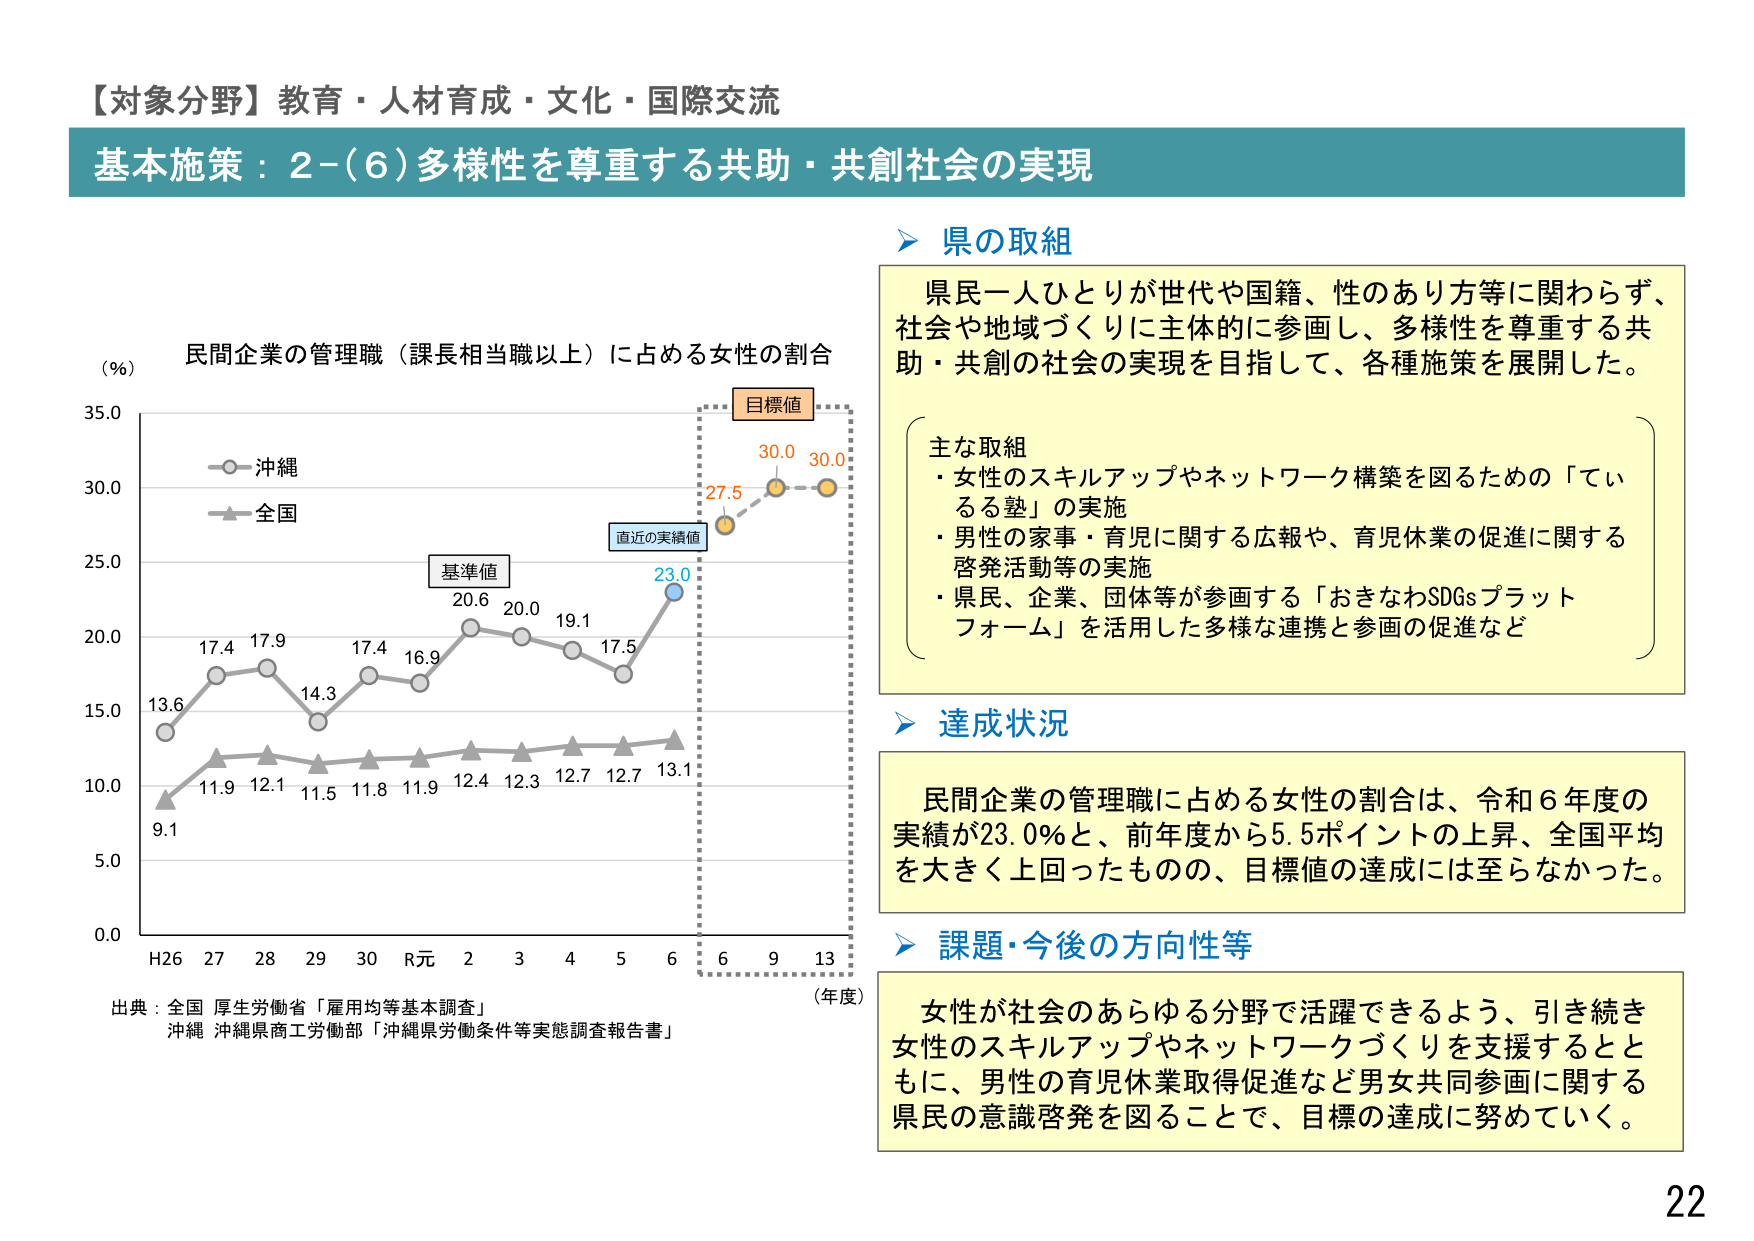
【対象分野】教育・人材育成・文化・国際交流
基本施策：2-(6)多様性を尊重する共助・共創社会の実現

県の取組
県民一人ひとりが世代や国籍、性のあり方等に関わらず、
社会や地域づくりに主体的に参画し、多様性を尊重する共
助・共創の社会の実現を目指して、各種施策を展開した。

主な取組
・女性のスキルアップやネットワーク構築を図るための「てい
る塾」の実施
・男性の家事・育児に関する広報や、育児休業の促進に関する
啓発活動等の実施
・県民、企業、団体等が参画する「おきなわSDGsプラット
フォーム」を活用した多様な連携と参画の促進など

達成状況
民間企業の管理職に占める女性の割合は、令和6年度の
実績が23.0％と、前年度から5.5ポイントの上昇、全国平均
を大きく上回ったものの、目標値の達成には至らなかった。

課題・今後の方向性等
女性が社会のあらゆる分野で活躍できるよう、引き続き
女性のスキルアップやネットワークづくりを支援するとと
もに、男性の育児休業取得促進など男女共同参画に関する
県民の意識啓発を図ることで、目標の達成に努めていく。

（％）
民間企業の管理職（課長相当職以上）に占める女性の割合
沖縄
全国
13.6
17.4
17.9
14.3
17.4
16.9
20.6
20.0
19.1
17.5
23.0
27.5
30.0
30.0
9.1
11.9
12.1
11.5
11.8
11.9
12.4
12.3
12.7
12.7
13.1
H26 27 28 29 30 R元 2 3 4 5 6 6 9 13
（年度）
基準値
直近の実績値
目標値

出典：全国 厚生労働省「雇用均等基本調査」
沖縄 沖縄県商工労働部「沖縄県労働条件等実態調査報告書」

22